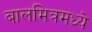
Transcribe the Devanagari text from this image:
बालमित्रमध्ये